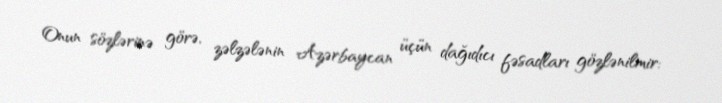
Onun sözlərinə görə, zəlzələnin Azərbaycan üçün dağıdıcı fəsadları gözlənilmir: